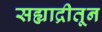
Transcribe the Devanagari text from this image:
सह्याद्रीतून